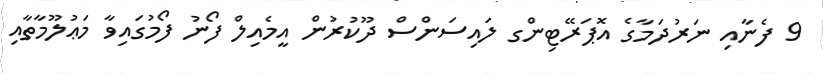
9 ފެނާއި ނަރުދަމާގެ އޮޕަރޭޓިންގ ލައިސަންސް ދޫކުރުން އީމެއިލް ފޯނު ފޯމުގައިވާ މަޢުލޫމާތާއި